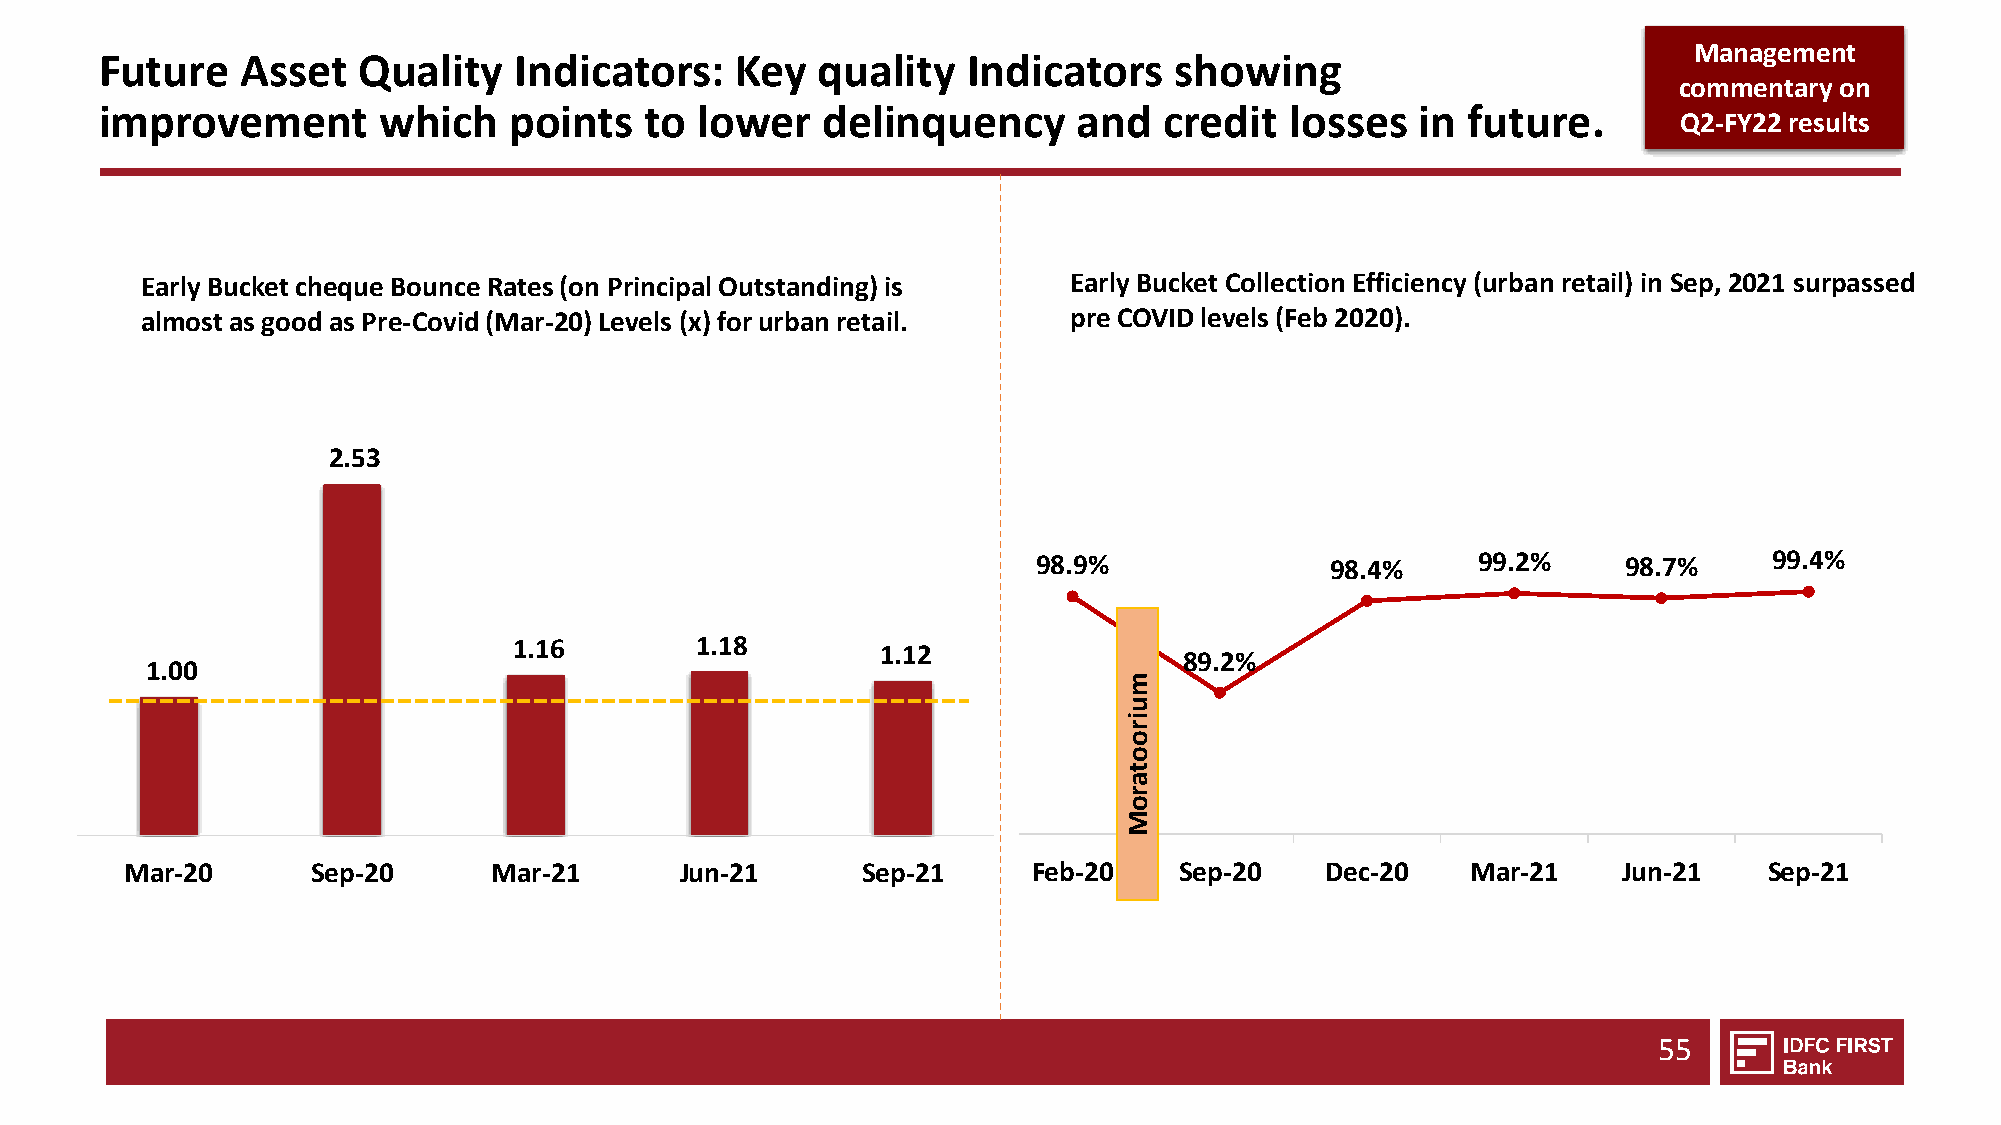
Management
 Future   Asset   Quality   Indicators:    Key  quality   Indicators    showing
 commentary on
 improvement       which    points   to lower   delinquency      and   credit  losses   in future.
 Q2-FY22 results
 Early Bucket cheque Bounce Rates (on Principal Outstanding) is Early Bucket Collection Efficiency (urban retail) in Sep,2021 surpassed
 almost as good as Pre-Covid(Mar-20) Levels (x) for urban retail. pre COVID levels (Feb 2020).
 2.53
 98.9%              98.4%     99.2%     98.7%    99.4%
 1.16        1.18        1.12
 89.2%
 1.00
 m
 u
 i
 r
 o
 o
 t
 a
 r
 o
 M
 Mar-20       Sep-20      Mar-21      Jun-21      Sep-21     Feb-20    Sep-20    Dec-20   Mar-21    Jun-21    Sep-21
 55